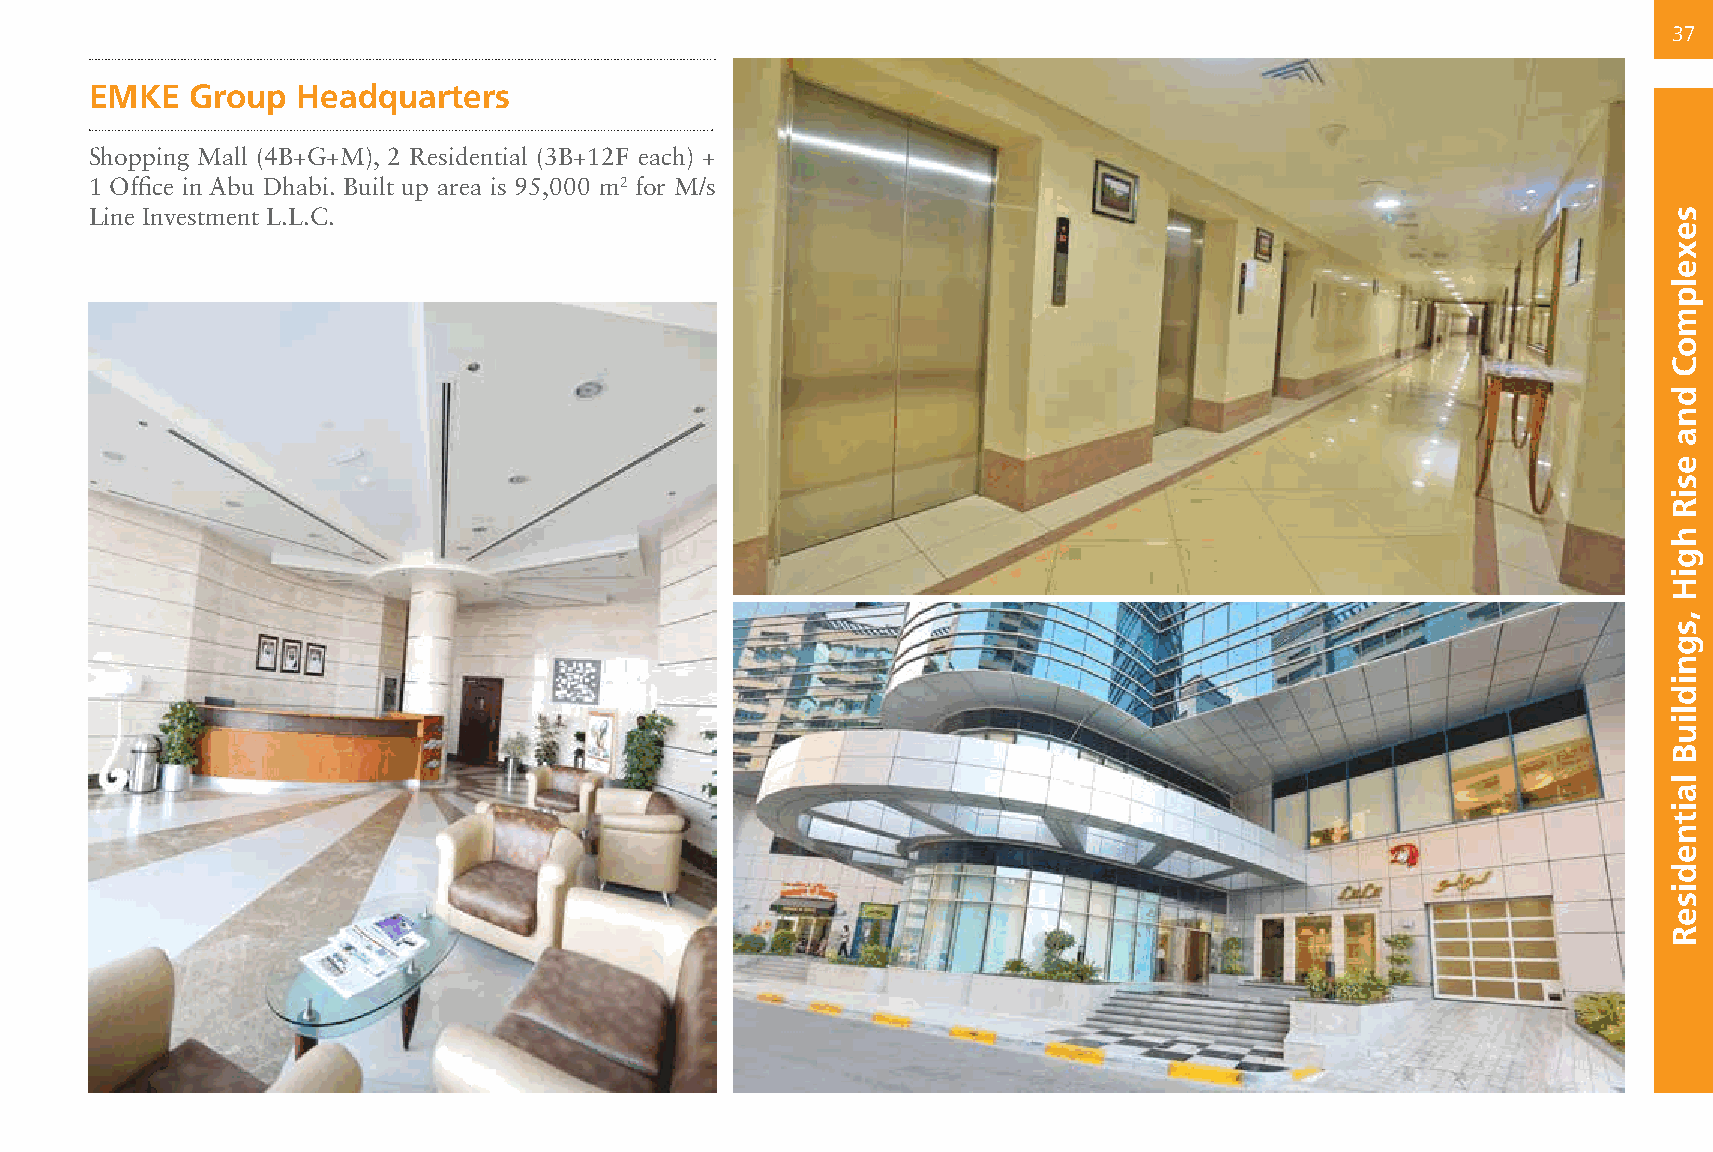
37
 EMKE   Group  Headquarters
 Shopping Mall (4B+G+M), 2 Residential (3B+12F each) +
 1 Office in Abu Dhabi. Built up area is 95,000 m2 for M/s
 Line Investment L.L.C.                                                                                   sexelpmoC
 dna
 esiR
 hgiH
 ,sgnidliuB
 laitnediseR